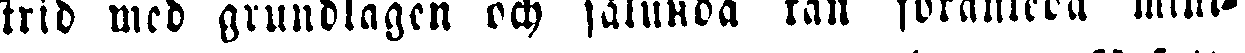
strid mcd grundlagen och sålunda fan föranleda mini-